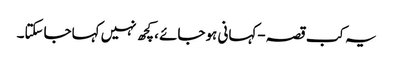
یہ کب قصہ-کہانی ہوجائے ،کچھ نہیں کہاجاسکتا۔